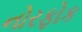
નોરફોક